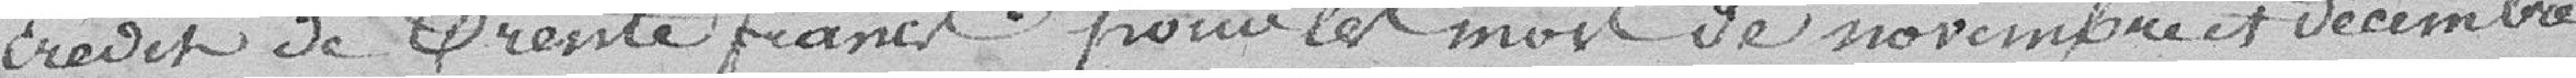
crédit de trente francs pour les mois de novembre et décembre